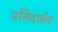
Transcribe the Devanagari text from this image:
प्रतिदर्जन